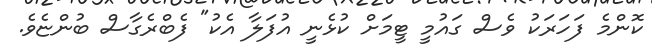
ކޮންމެ ފަހަރަކު ވެސް ގައުމީ ޓީމަށް ކުޅެނީ އުފަލާ އެކު" ފެބްރެގާސް ބުންޏެވެ.